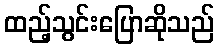
ထည့်သွင်းပြောဆိုသည်